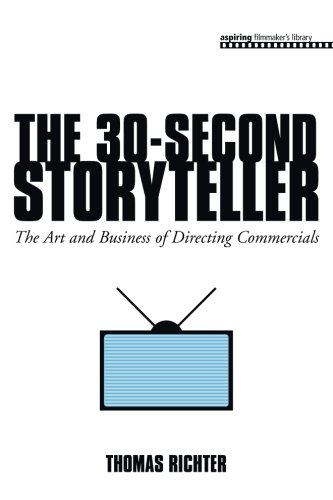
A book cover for The 30-Second Storyteller: The Art and Business of Directing Commercials (Aspiring Filmmaker's Library); Thomas Richter; Computers & Technology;